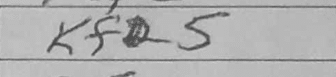
Transcription: Kf5